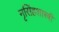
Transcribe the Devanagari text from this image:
नृसिंहशास्त्री